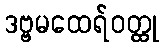
ဒဗ္ဗမထေရ်ဝတ္ထု